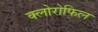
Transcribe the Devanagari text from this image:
क्‍लोरोफिल